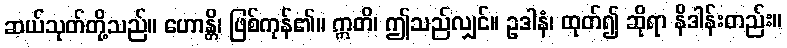
ဆယ်သုတ်တို့သည်။ ဟောန္တိ၊ ဖြစ်ကုန်၏။ ဣတိ၊ ဤသည်လျှင်။ ဥဒါနံ၊ ထုတ်၍ ဆိုရာ နိဒါန်းတည်း။